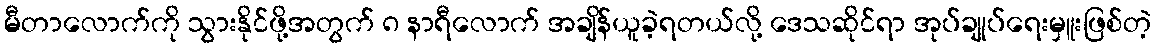
မီတာလောက်ကို သွားနိုင်ဖို့အတွက် ၈ နာရီလောက် အချိန်ယူခဲ့ရတယ်လို့ ဒေသဆိုင်ရာ အုပ်ချုပ်ရေးမှူးဖြစ်တဲ့